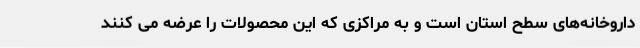
داروخانه‌های سطح استان است و به مراکزی که این محصولات را عرضه می کنند